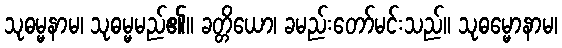
သုဓမ္မနာမ၊ သုဓမ္မမည်၏။ ခတ္တိယော၊ ခမည်းတော်မင်းသည်။ သုဓမ္မောနာမ၊